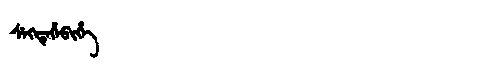
Manchu: ᠰᡝᡴᡨᡝᡥᡝᠪᡳᡥᡝ
Romanization: SEKTEHEBIHE